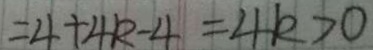
= 4 + 4 k - 4 = 4 k > 0